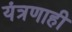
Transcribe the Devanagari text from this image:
यंत्रणाही